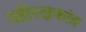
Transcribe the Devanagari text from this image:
यष्टीरक्षकांत